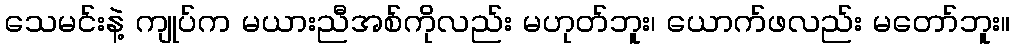
သေမင်းနဲ့ ကျုပ်က မယားညီအစ်ကိုလည်း မဟုတ်ဘူး၊ ယောက်ဖလည်း မတော်ဘူး။